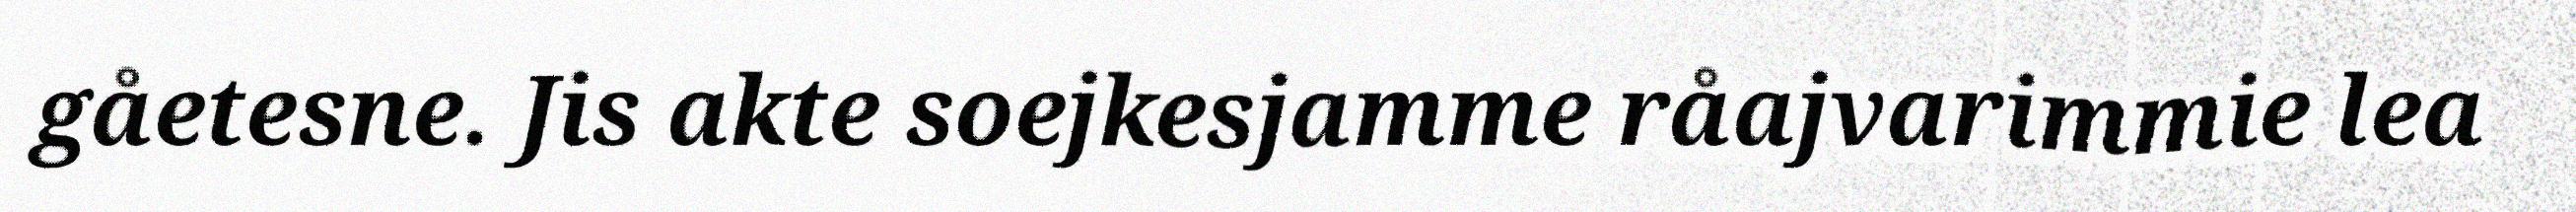
gåetesne. Jis akte soejkesjamme råajvarimmie lea